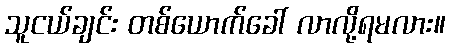
သူငယ်ချင်း တစ်ယောက်ခေါ် လာလို့ရမလား။